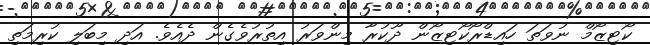
ކޯޓިޒޯމް ނުވަތަ ހައިޑްރޯކޯޓިޒޯން ދޫކުރާ މިންވަރު އިތުރުވެގެން ދެއެވެ. އަދި މިބަލި ކުރިމަތި